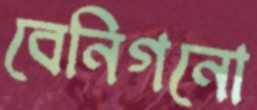
বেনিগনো